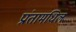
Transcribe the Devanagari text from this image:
प्रांतामधिल